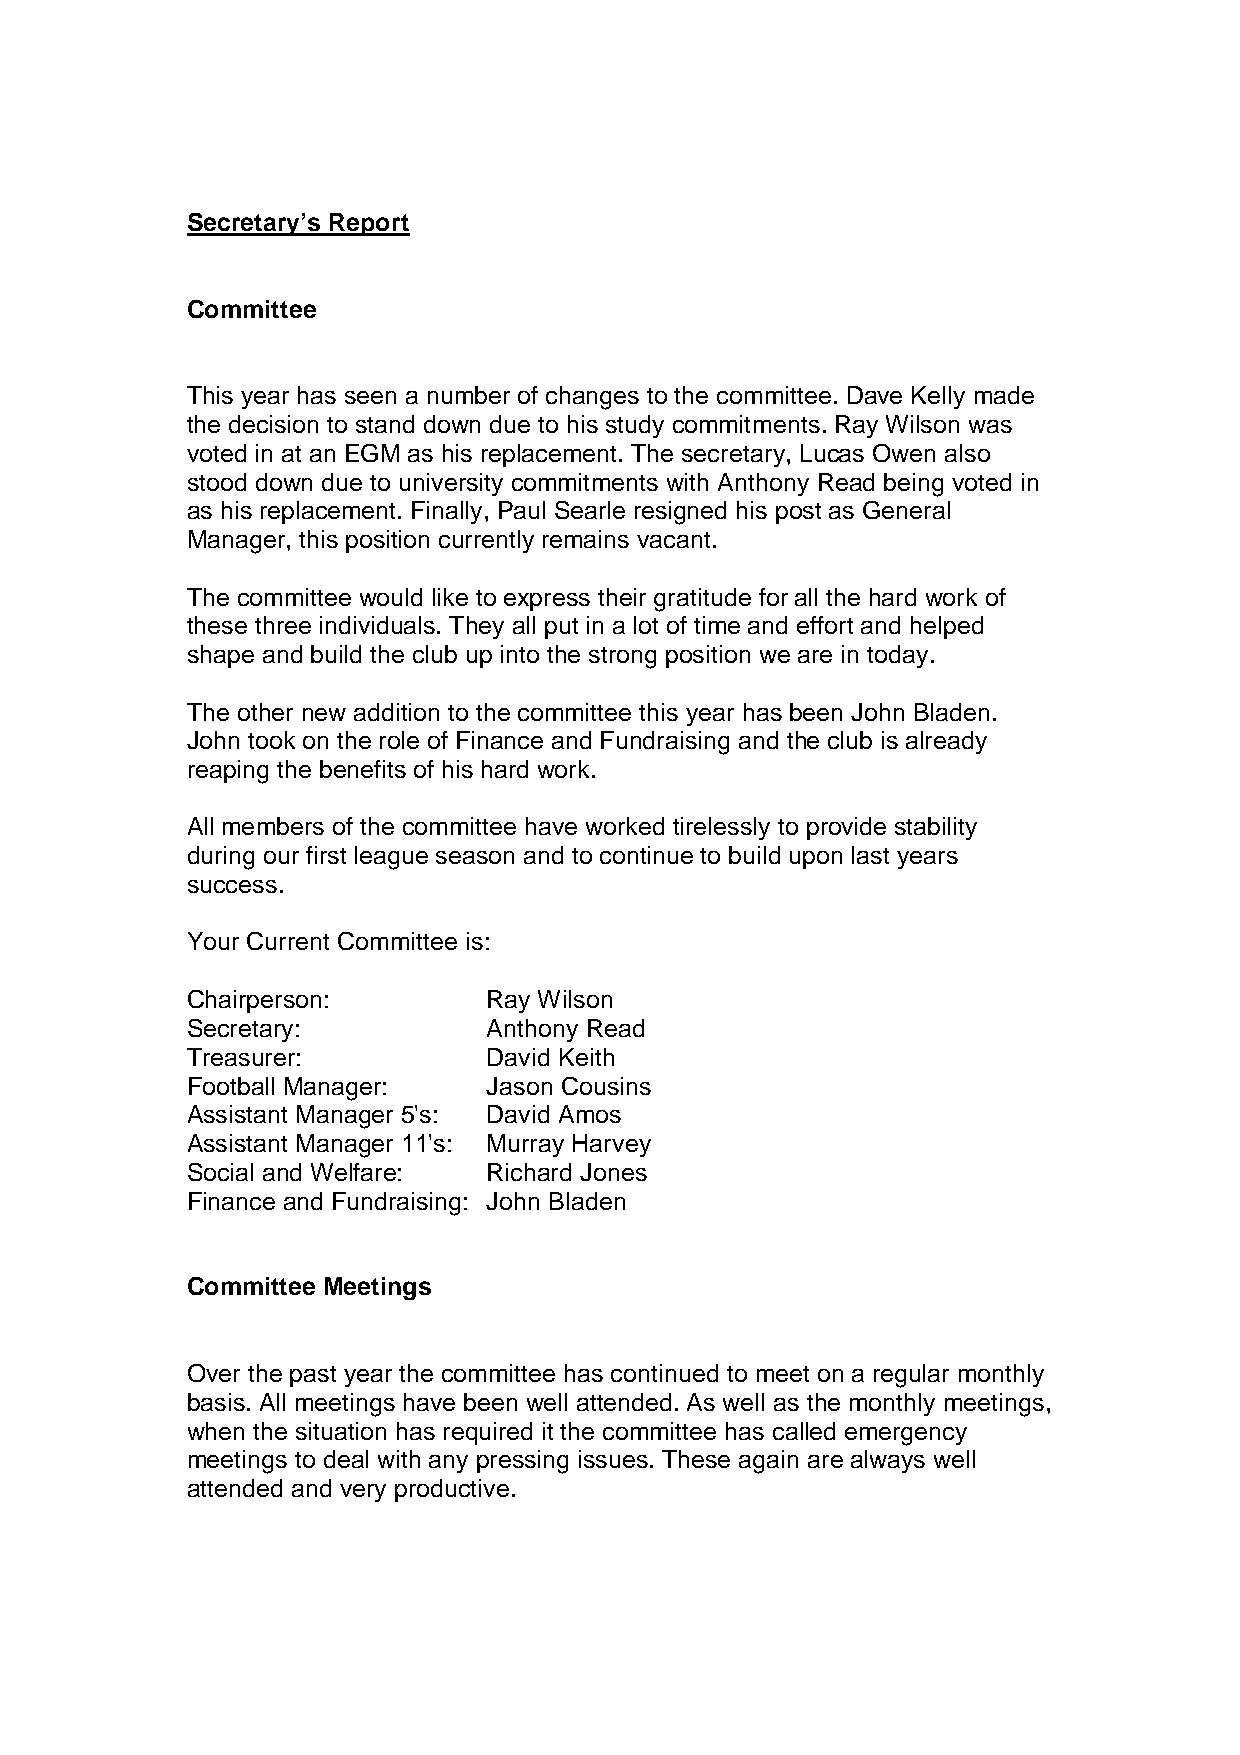
Secretary’s Report
 Committee
 This year has seen a number of changes to the committee. Dave Kelly made
 the decision to stand down due to his study commitments. Ray Wilson was
 voted in at an EGM as his replacement. The secretary, Lucas Owen also
 stood down due to university commitments with Anthony Read being voted in
 as his replacement. Finally, Paul Searle resigned his post as General
 Manager, this position currently remains vacant.
 The committee would like to express their gratitude for all the hard work of
 these three individuals. They all put in a lot of time and effort and helped
 shape and build the club up into the strong position we are in today.
 The other new addition to the committee this year has been John Bladen.
 John took on the role of Finance and Fundraising and the club is already
 reaping the benefits of his hard work.
 All members of the committee have worked tirelessly to provide stability
 during our first league season and to continue to build upon last years
 success.
 Your Current Committee is:
 Chairperson:        Ray Wilson
 Secretary:          Anthony Read
 Treasurer:          David Keith
 Football Manager:   Jason Cousins
 Assistant Manager 5's: David Amos
 Assistant Manager 11's: Murray Harvey
 Social and Welfare: Richard Jones
 Finance and Fundraising: John Bladen
 Committee Meetings
 Over the past year the committee has continued to meet on a regular monthly
 basis. All meetings have been well attended. As well as the monthly meetings,
 when the situation has required it the committee has called emergency
 meetings to deal with any pressing issues. These again are always well
 attended and very productive.